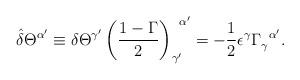
LaTeX: \begin{align*}\hat{\delta}\Theta^{\alpha^{\prime}}\equiv\delta\Theta^{\gamma^{\prime}}\left({{1-\Gamma}\over 2}\right)^{\ \,\alpha^{\prime}}_{\gamma^{\prime}}=-{1\over 2}\epsilon^{\gamma}\Gamma^{\ \,\alpha^{\prime}}_{\gamma}.\end{align*}